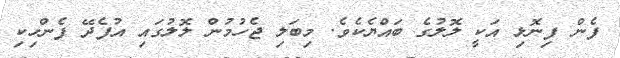
ފެން ފިނޮޅި އަކީ ލޮލުގެ ބައްޔެކެވެ. މިބަލި ޖެހުމުން ލޮލުގައި އުފެދޭ ފެންހިކި